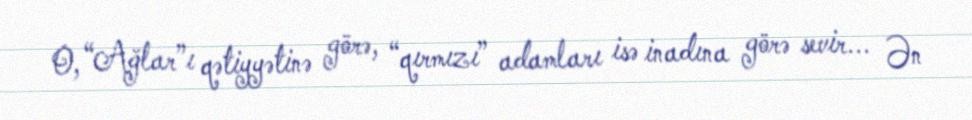
O, “Ağlar”ı qətiyyətinə görə, “qırmızı” adamları isə inadına görə sevir... Ən